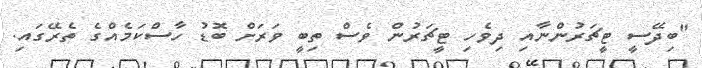
"ބިދޭސީ ޓީޗަރުންނާއި ދިވެހި ޓީޗަރުން ވެސް ތިބީ ވަރަށް ބޮޑު ހާސްކަމެއްގެ ތެރޭގައި.